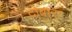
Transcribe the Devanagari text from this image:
दोबाऱा